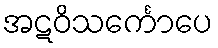
အဋဝိသင်္ကောပေ